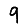
Digit: 9